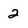
Character: 2